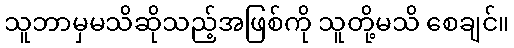
သူဘာမှမသိဆိုသည့်အဖြစ်ကို သူတို့မသိ စေချင်။